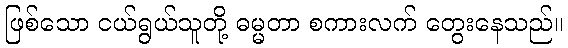
ဖြစ်သော ငယ်ရွယ်သူတို့ ဓမ္မတာ စကားလက် တွေးနေသည်။